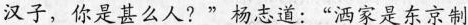
汉子，你是甚么人?”杨志道：“洒家是东京制